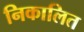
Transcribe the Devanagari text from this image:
निकालित